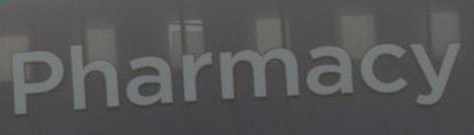
Pharmacy